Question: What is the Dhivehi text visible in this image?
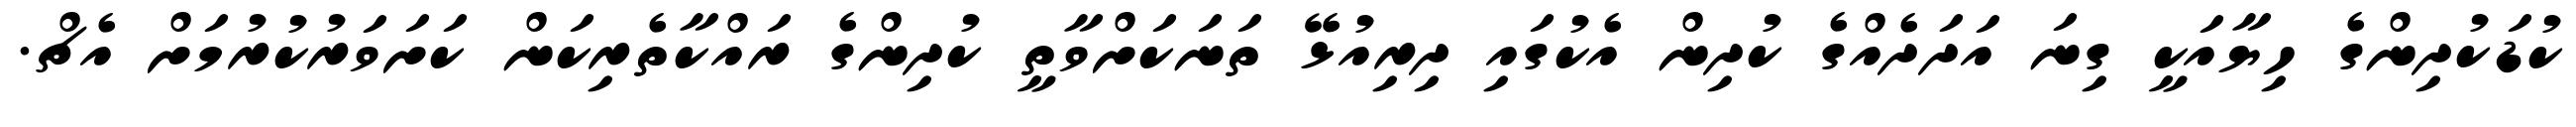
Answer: ކުޑަކުދިންގެ ހިޔާއަކީ ގިނަ އަދަދެއްގެ ކުދިން އެކުގައި ދިރިއުޅޭ ތަނަކަށްވާތީ ކުދިންގެ ރައްކާތެރިކަން ކަށަވަރުކުރުމަށް އެޗް.